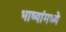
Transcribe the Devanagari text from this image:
भाष्यांमध्ये